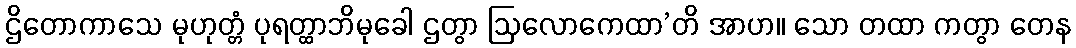
ဌိတောကာသေ မုဟုတ္တံ ပုရတ္ထာဘိမုခေါ ဌတွာ ဩလောကေထာ’တိ အာဟ။ သော တထာ ကတွာ တေန